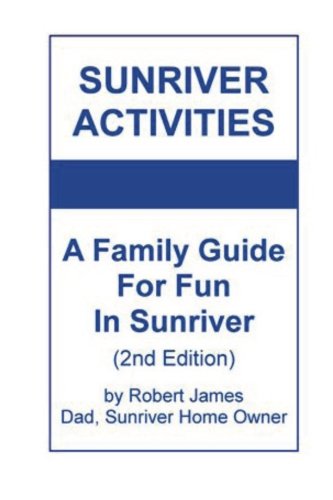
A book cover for Sunriver  Activities: A  Family Guide For Fun In Sunriver (2nd Edition); Robert James; Travel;